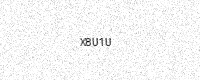
Text: X8U1U